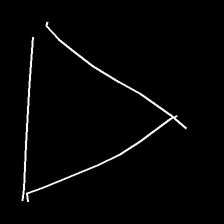
Glyph: convergence